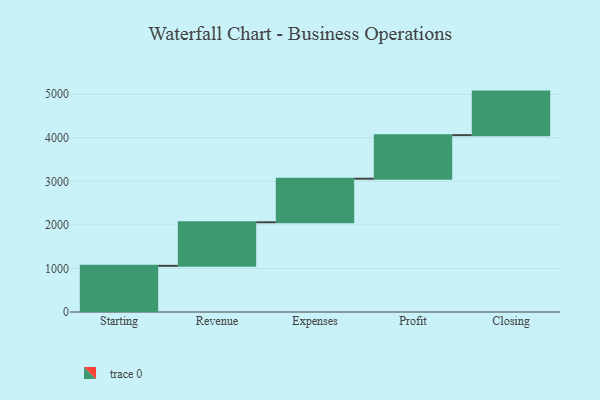
{"axis": {"x": "Step", "y": "Value"}, "legend": [""], "data": [{"x": "Starting", "y": 1060.0, "type": ""}, {"x": "Revenue", "y": 1000, "type": ""}, {"x": "Expenses", "y": 1000, "type": ""}, {"x": "Profit", "y": 1000, "type": ""}, {"x": "Closing", "y": 1000, "type": ""}]}